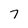
Character: 7